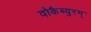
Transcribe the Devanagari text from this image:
वोकैब्युरम्